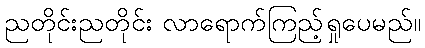
ညတိုင်းညတိုင်း လာရောက်ကြည့်ရှုပေမည်။